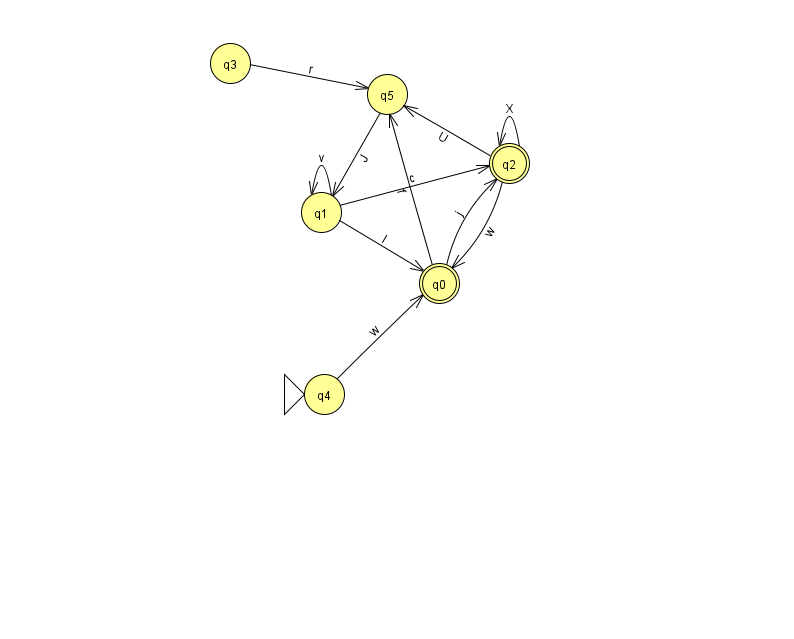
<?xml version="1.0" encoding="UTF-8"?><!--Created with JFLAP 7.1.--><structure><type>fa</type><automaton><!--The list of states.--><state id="0" name="q0"><x>439.0</x><y>270.0</y><final/></state><state id="1" name="q1"><x>321.0</x><y>199.0</y></state><state id="2" name="q2"><x>509.0</x><y>150.0</y><final/></state><state id="3" name="q3"><x>230.0</x><y>50.0</y></state><state id="4" name="q4"><x>324.0</x><y>381.0</y><initial/></state><state id="5" name="q5"><x>387.0</x><y>81.0</y></state><!--The list of transitions.--><transition><from>2</from><to>0</to><read>w</read></transition><transition><from>1</from><to>0</to><read>l</read></transition><transition><from>1</from><to>1</to><read>v</read></transition><transition><from>2</from><to>2</to><read>X</read></transition><transition><from>0</from><to>5</to><read>f</read></transition><transition><from>2</from><to>5</to><read>U</read></transition><transition><from>3</from><to>5</to><read>r</read></transition><transition><from>4</from><to>0</to><read>w</read></transition><transition><from>1</from><to>2</to><read>c</read></transition><transition><from>0</from><to>2</to><read>j</read></transition><transition><from>5</from><to>1</to><read>J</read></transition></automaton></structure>